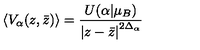
\left\langle V _ { \alpha } ( z , \bar { z } ) \right\rangle = \frac { U ( \alpha | \mu _ { B } ) } { \left| z - \bar { z } \right| ^ { 2 \Delta _ { \alpha } } } \nonumber